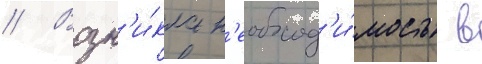
// Возн'и́кла н'еобход'и́мость в